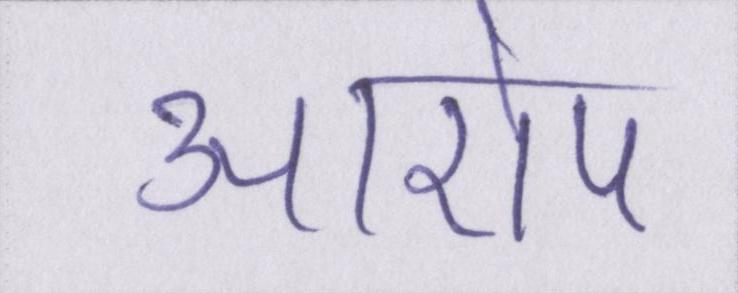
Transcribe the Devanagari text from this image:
आरोप